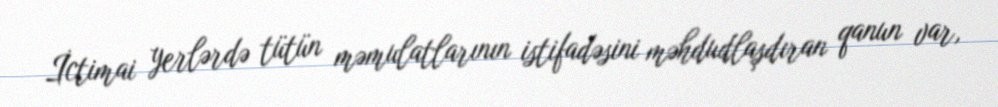
İctimai yerlərdə tütün məmulatlarının istifadəsini məhdudlaşdıran qanun var,